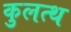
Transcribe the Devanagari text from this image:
कुलत्थ